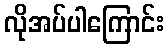
လိုအပ်ပါကြောင်း